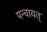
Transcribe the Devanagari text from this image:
पन्चायत्